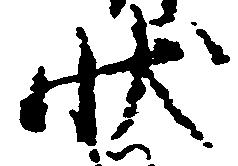
状